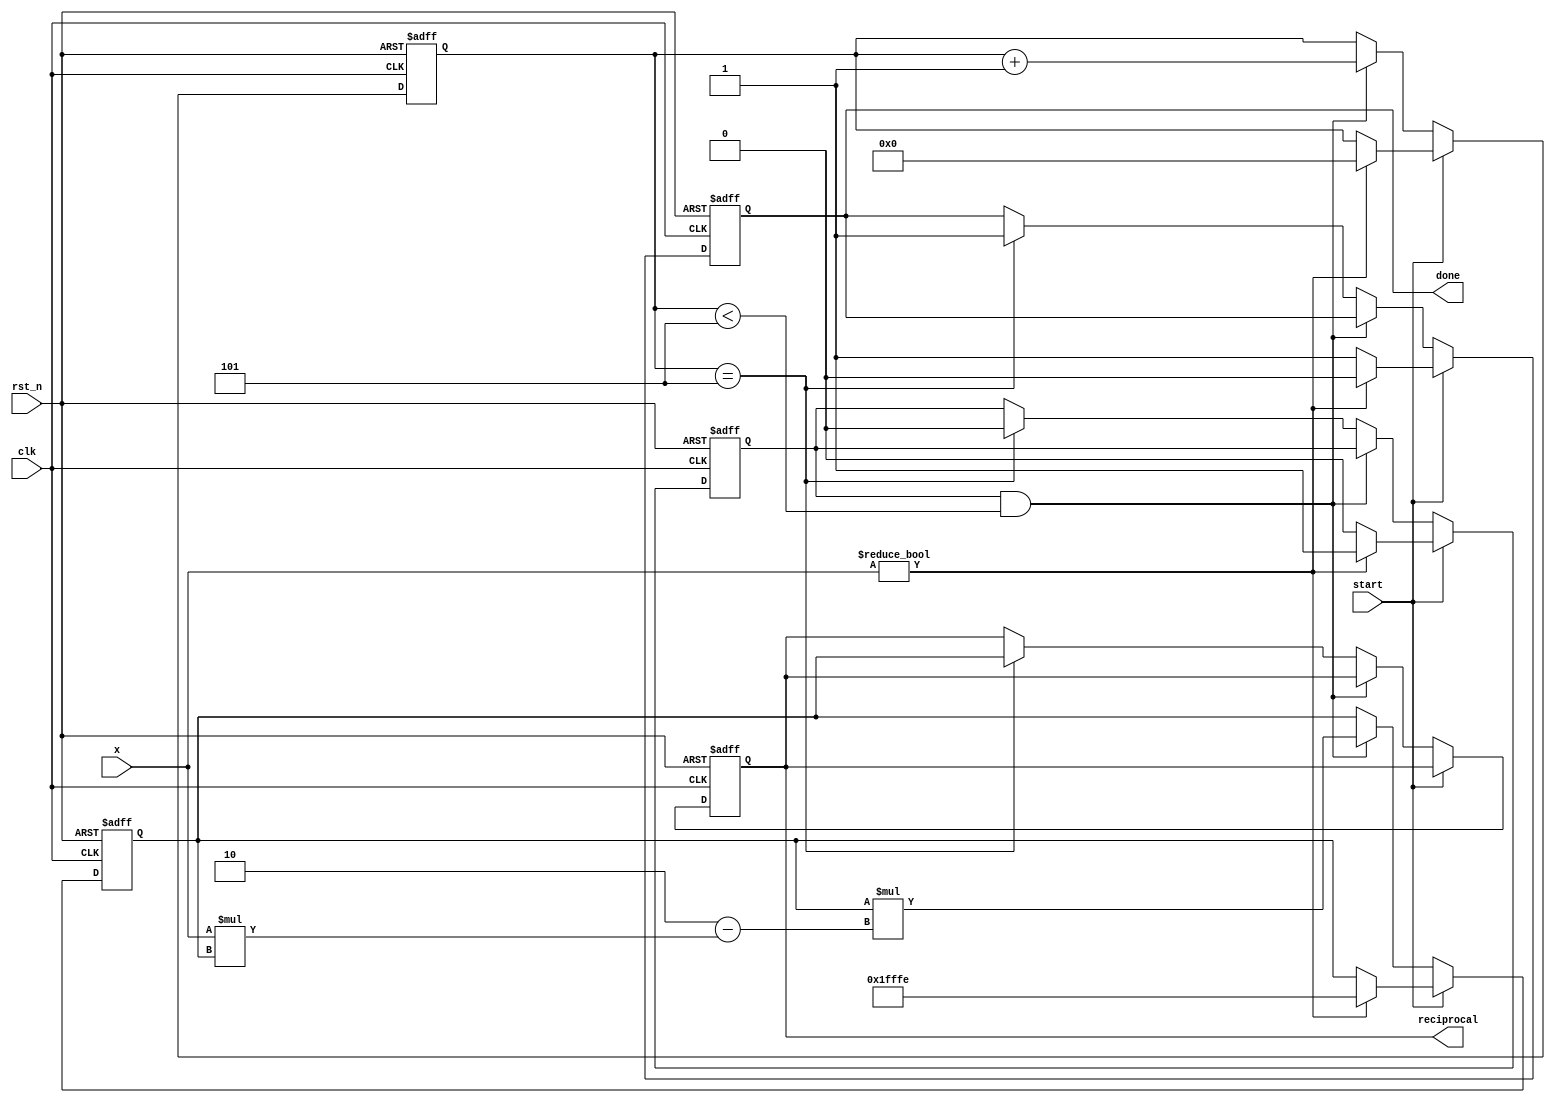
module newton_raphson_reciprocal #(
    parameter WIDTH = 16,         // Input width
    parameter OUTPUT_WIDTH = 32,  // Output width (greater than input width)
    parameter ITERATIONS = 5       // Number of iterations for precision
)(
    input  wire clk,               // Clock signal
    input  wire rst_n,             // Active low reset
    input  wire start,             // Start signal
    input  wire [WIDTH-1:0] x,     // Input value (fixed-point representation)
    output reg [OUTPUT_WIDTH-1:0] reciprocal, // Output reciprocal
    output reg done                // Done signal
);

    // Internal signals
    reg [OUTPUT_WIDTH-1:0] r;      // Current approximation
    reg [3:0] iteration_count;      // Iteration counter
    reg valid_input;                // Indicator for valid input

    // Pre-calculated initial guess (2^(-N) for normalized values)
    localparam [OUTPUT_WIDTH-1:0] INITIAL_GUESS = {1'b0, {WIDTH{1'b1}}, 1'b0}; // 1/2 for WIDTH=16

    // State machine for controlling the iterations
    always @(posedge clk or negedge rst_n) begin
        if (!rst_n) begin
            r <= 0;
            iteration_count <= 0;
            done <= 0;
            valid_input <= 0;
            reciprocal <= 0;
        end else begin
            if (start) begin
                if (x != 0) begin
                    valid_input <= 1;
                    r <= INITIAL_GUESS; // Initialize with the initial guess
                    iteration_count <= 0;
                    done <= 0;
                end else begin
                    valid_input <= 0; // Invalid input
                    done <= 1; // Indicate done even with invalid input
                end
            end else if (valid_input && iteration_count < ITERATIONS) begin
                // Newton-Raphson iteration
                r <= r * (2 - x * r); // Update approximation
                iteration_count <= iteration_count + 1;
            end else if (iteration_count == ITERATIONS) begin
                done <= 1; // Indicate completion
                reciprocal <= r; // Final result
                valid_input <= 0; // Reset valid input
            end
        end
    end

endmodule